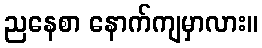
ညနေစာ နောက်ကျမှာလား။